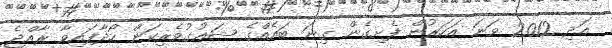
އަދި 2012 ވަނަ އަހަރުން ފެށިގެން ގިނަ ބައެއްގެ ޝައުގުވެރިކަން ހޯދާފައިވާ ރާއްޖެ